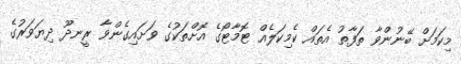
މިކަމަށް ބޭނުންވާ ތަފާތު އެތައް ކެމިކަލެއް ޓޮމާޓޯގެ އޮށްތަކުގެ ވަށައިގެންވާ ރީނދޫ ދިޔަވަރުގެ